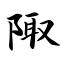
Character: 陬